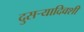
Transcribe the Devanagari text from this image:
दुसर्‍यादिवशी